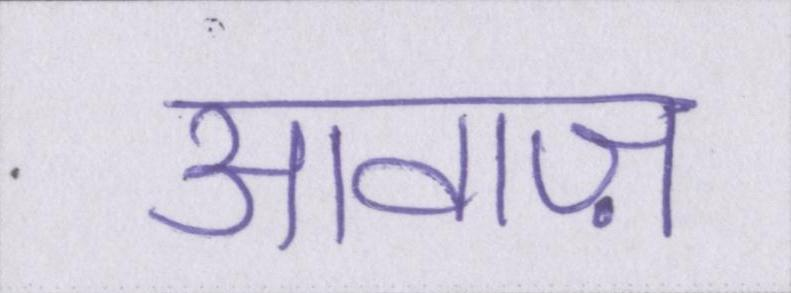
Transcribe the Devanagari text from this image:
आवाज़